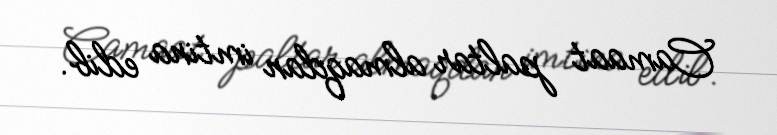
Camaat paltar almaqdan imtina edib.